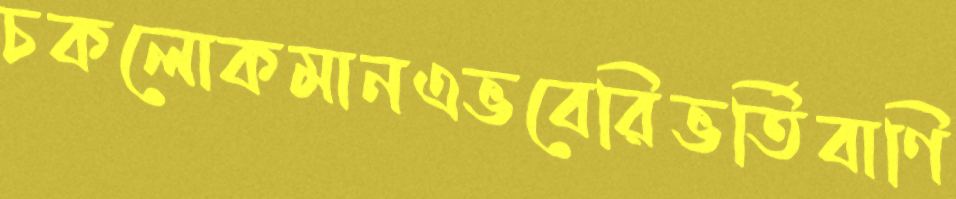
চকলোকমানএভবেরিভর্তিবাণি